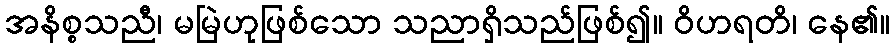
အနိစ္စသညီ၊ မမြဲဟုဖြစ်သော သညာရှိသည်ဖြစ်၍။ ဝိဟရတိ၊ နေ၏။